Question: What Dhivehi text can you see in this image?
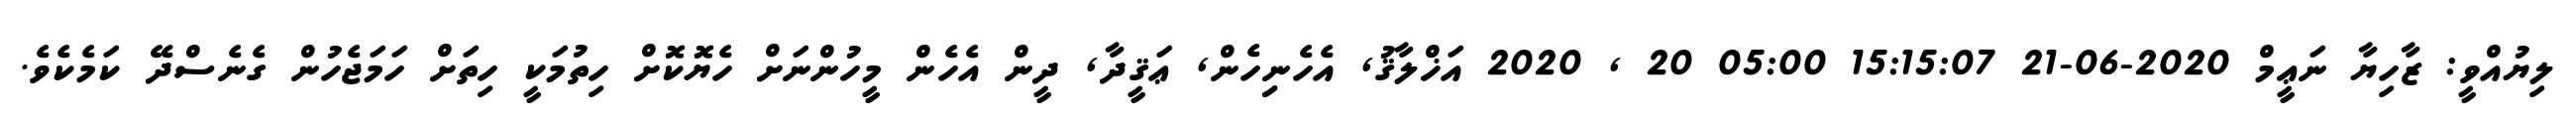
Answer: ލިޔުއްވީ: ޒާހިޔާ ނަޢީމް 2020-06-21 15:15:07 05:00 20 , 2020 އަޚްލާޤު, އެހެނިިހެން, ޢަޤީދާ, ދީން އެހެން މީހުންނަށް ހެޔޮކޮށް ހިތުމަކީ ހިތަށް ހަމަޖެހުން ގެނެސްދޭ ކަމެކެވެ.